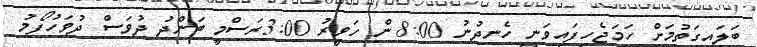
ބަލައިގަތުމަށް ހަމަޖެހިފައިވަނީ ހެނދުނު 8:00 ން ހަވީރު 3:00ރަސްމީ ބަންދު ދުވަސް ދުވަހުފޯމު